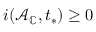
i ( \mathcal { A } _ { \mathbb { C } } , t _ { * } ) \ge 0